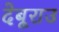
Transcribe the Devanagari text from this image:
देबूराउ